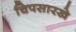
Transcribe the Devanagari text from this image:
चिपसारखे